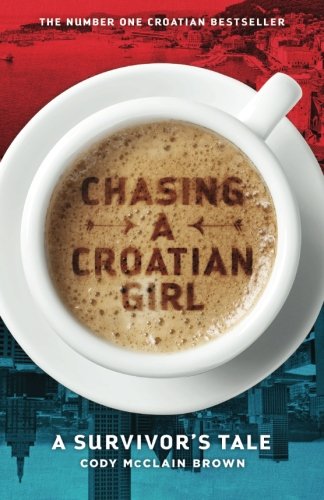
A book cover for Chasing a Croatian Girl: A Survivor's Tale; Cody McClain Brown; Travel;